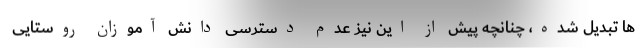
ها تبدیل شده، چنانچه پیش از این نیز عدم دسترسی دانش آموزان روستایی